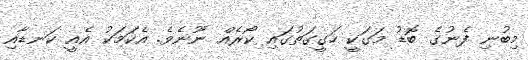
މިބުނި ފެނުގެ ބޮޑު މަގަކީ ހަގީގަތުގައި ކޯރެއް ނޫނެވެ. އެކަމަކު އެއީ ކަނޑާއި